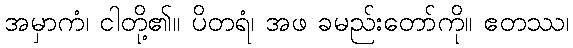
အမှာကံ၊ ငါတို့၏။ ပိတရံ၊ အဖ ခမည်းတော်ကို။ ဧတဿ၊